Indian journal of veterinary science and animal husbandry - Volume 11,
Year: 1941
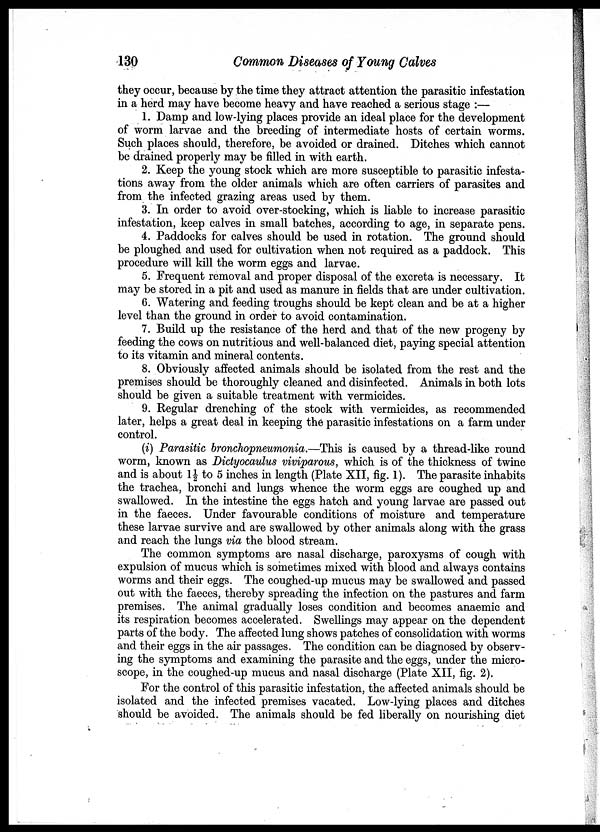
130
Common Diseases of Young Calves
they occur, because by the time they attract attention the parasitic infestation
in a herd may have become heavy and have reached a serious stage :—
1. Damp and low-lying places provide an ideal place for the development
of worm larvae and the breeding of intermediate hosts of certain worms.
Such places should, therefore, be avoided or drained. Ditches which cannot
be drained properly may be filled in with earth.
2. Keep the young stock which are more susceptible to parasitic infesta-
tions away from the older animals which are often carriers of parasites and
from the infected grazing areas used by them.
3. In order to avoid over-stocking, which is liable to increase parasitic
infestation, keep calves in small batches, according to age, in separate pens.
4. Paddocks for calves should be used in rotation. The ground should
be ploughed and used for cultivation when not required as a paddock. This
procedure will kill the worm eggs and larvae.
5. Frequent removal and proper disposal of the excreta is necessary. It
may be stored in a pit and used as manure in fields that are under cultivation.
6. Watering and feeding troughs should be kept clean and be at a higher
level than the ground in order to avoid contamination.
7. Build up the resistance of the herd and that of the new progeny by
feeding the cows on nutritious and well-balanced diet, paying special attention
to its vitamin and mineral contents.
8. Obviously affected animals should be isolated from the rest and the
premises should be thoroughly cleaned and disinfected. Animals in both lots
should be given a suitable treatment with vermicides.
9. Regular drenching of the stock with vermicides, as recommended
later, helps a great deal in keeping the parasitic infestations on a farm under
control.
(i) Parasitic bronchopneumonia.—This is caused by a thread-like round
worm, known as Dictyocaulus viviparous, which is of the thickness of twine
and is about 1½ to 5 inches in length (Plate XII, fig. 1). The parasite inhabits
the trachea, bronchi and lungs whence the worm eggs are coughed up and
swallowed. In the intestine the eggs hatch and young larvae are passed out
in the faeces. Under favourable conditions of moisture and temperature
these larvae survive and are swallowed by other animals along with the grass
and reach the lungs via the blood stream.
The common symptoms are nasal discharge, paroxysms of cough with
expulsion of mucus which is sometimes mixed with blood and always contains
worms and their eggs. The coughed-up mucus may be swallowed and passed
out with the faeces, thereby spreading the infection on the pastures and farm
premises. The animal gradually loses condition and becomes anaemic and
its respiration becomes accelerated. Swellings may appear on the dependent
parts of the body. The affected lung shows patches of consolidation with worms
and their eggs in the air passages. The condition can be diagnosed by observ-
ing the symptoms and examining the parasite and the eggs, under the micro-
scope, in the coughed-up mucus and nasal discharge (Plate XII, fig. 2).
For the control of this parasitic infestation, the affected animals should be
isolated and the infected premises vacated. Low-lying places and ditches
should be avoided. The animals should be fed liberally on nourishing diet